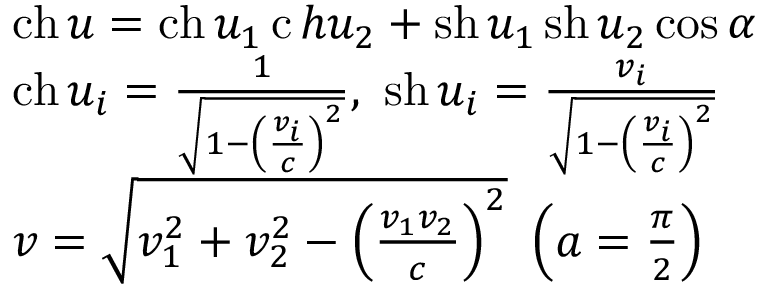
{ \begin{array} { l } { \operatorname { c h } { u } = \operatorname { c h } { u _ { 1 } } \operatorname { c } h { u _ { 2 } } + \operatorname { s h } { u _ { 1 } } \operatorname { s h } { u _ { 2 } } \cos \alpha } \\ { \operatorname { c h } { u _ { i } } = { \frac { 1 } { \sqrt { 1 - \left( { \frac { v _ { i } } { c } } \right) ^ { 2 } } } } , \ \operatorname { s h } { u _ { i } } = { \frac { v _ { i } } { \sqrt { 1 - \left( { \frac { v _ { i } } { c } } \right) ^ { 2 } } } } } \\ { v = { \sqrt { v _ { 1 } ^ { 2 } + v _ { 2 } ^ { 2 } - \left( { \frac { v _ { 1 } v _ { 2 } } { c } } \right) ^ { 2 } } } \ \left( a = { \frac { \pi } { 2 } } \right) } \end{array} }